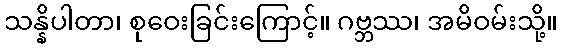
သန္နိပါတာ၊ စုဝေးခြင်းကြောင့်။ ဂဗ္ဘဿ၊ အမိဝမ်းသို့။